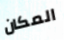
المكان